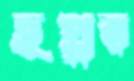
ছপ্পর